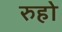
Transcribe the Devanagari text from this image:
रुहो